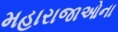
મહારાજાઓના